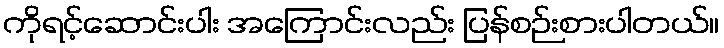
ကိုရင့်ဆောင်းပါး အကြောင်းလည်း ပြန်စဉ်းစားပါတယ်။